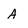
Character: A